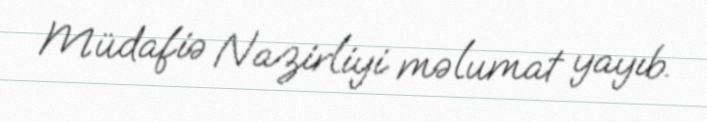
Müdafiə Nazirliyi məlumat yayıb.